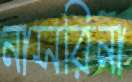
নাসরিনা